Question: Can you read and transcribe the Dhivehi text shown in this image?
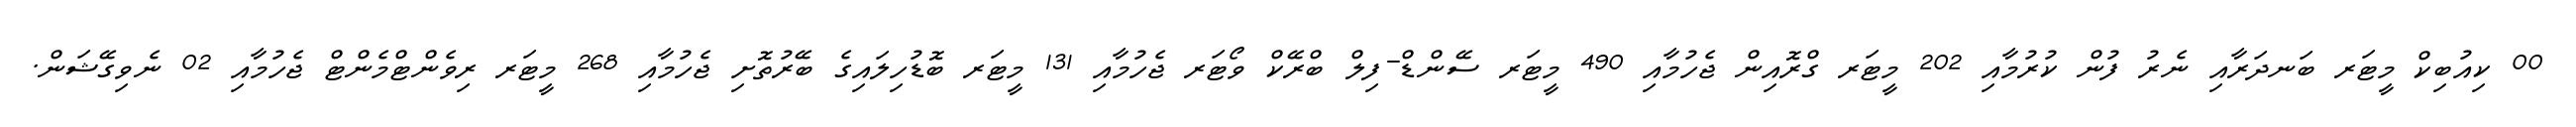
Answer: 00 ކިއުބިކް މީޓަރ ބަނދަރާއި ނެރު ފުން ކުރުމާއި 202 މީޓަރ ގްރޮއިން ޖެހުމާއި 490 މީޓަރ ސޭންޑް-ފިލް ބްރޭކް ވޯޓަރ ޖެހުމާއި 131 މީޓަރ ބޮޑުހިލައިގެ ބޭރުތޮށި ޖެހުމާއި 268 މީޓަރ ރިވެންޓްމެންޓް ޖެހުމާއި 02 ނެވިގޭޝަން.